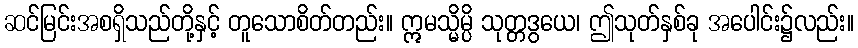
ဆင်မြင်းအစရှိသည်တို့နှင့် တူသောစိတ်တည်း။ ဣမသ္မိမ္ပိ သုတ္တဒွယေ၊ ဤသုတ်နှစ်ခု အပေါင်း၌လည်း။